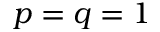
p = q = 1